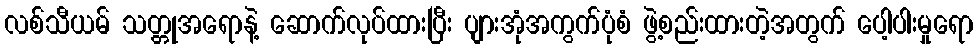
လစ်သီယမ် သတ္တုအရောနဲ့ ဆောက်လုပ်ထားပြီး ပျားအုံအကွက်ပုံစံ ဖွဲ့စည်းထားတဲ့အတွက် ပေါ့ပါးမှုရော